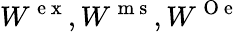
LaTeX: W^{\mathrm{~e~x~}},W^{\mathrm{~m~s~}},W^{\mathrm{~O~e~}}